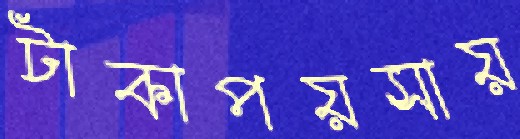
টাকাপয়সায়